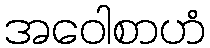
အဝေါစာဟံ